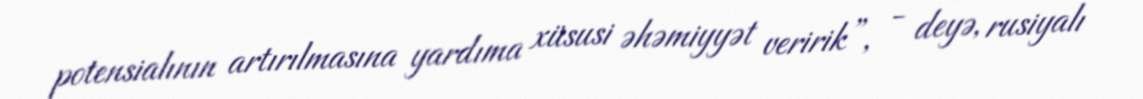
potensialının artırılmasına yardıma xüsusi əhəmiyyət veririk”, - deyə, rusiyalı